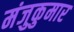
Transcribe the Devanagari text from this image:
मंजुकुमार